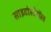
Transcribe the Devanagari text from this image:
साइटोस्टेरॉल